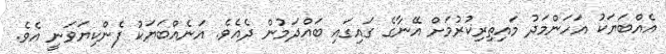
އެއްބަޔަކު އަހަންމަދު މައިތިރިކުރުމަށް އޭނާގެ ގައިގައި ބައްދަމުން ދެއެވެ. އަނެއްބަޔަކު ފެންކިޔަވަނީ އެވެ.